Vaccination in Bombay 1924-1928 - 1924-1928
Year: 1924
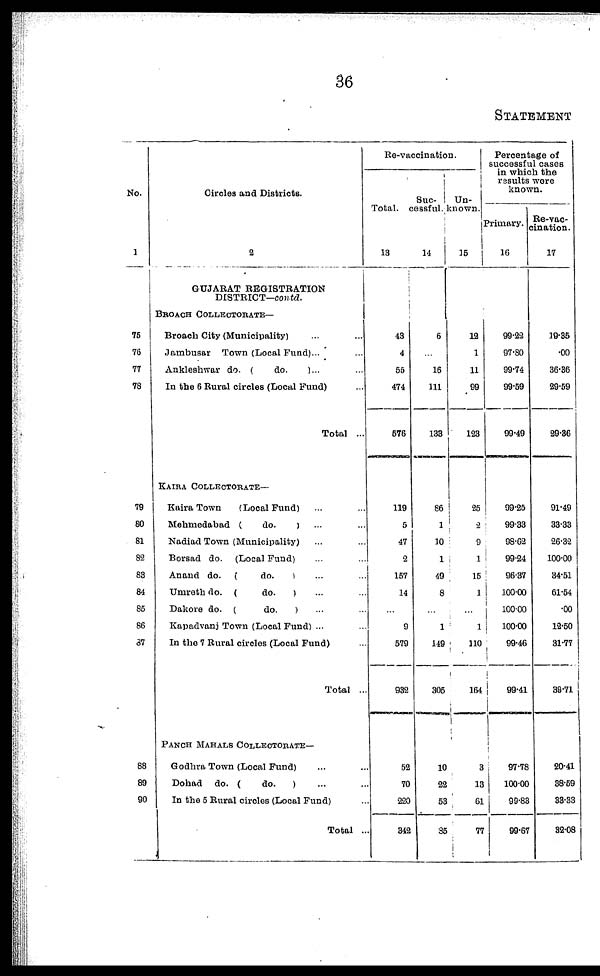
36
STATEMENT
No.
1
75
76
77
78
79
80
81
82
83
84
85
86
87
88
89
90
Circles and Districts.
2
GUJARAT REGISTRATION
DISTRICT-contd.
BROACH COLLECTORATE—
Broach City (Municipality) ... ...
Jambusar Town (Local Fund)... ...
Ankleshwar do. (
do.
)... ...
In the 6 Rural circles (Local Fund) ...
Total ...
KAIRA COLLECTORATE—
Kaira Town
(Local Fund) ... ...
Mehmedabad (
do.
) ... ...
Nadiad Town (Municipality) ... ...
Borsad do. (Local Fund) ... ...
Anand do. (
do.
) ... ...
Umreth do. (
do.
) ... ...
Dakore do. (
do.
) ... ...
Kapadvanj Town (Local Fund) ... ...
In the 7 Rural circles (Local Fund) ...
Total ...
PANCH MAHALS COLLECTORATE—
Godhra Town (Local Fund) ... ...
Dohad do. (
do.
) ... ...
In the 5 Rural circles (Local Fund) ...
Total ...
Re-vaccination.
Total.
13
43
4
55
474
576
119
5
47
2
157
14
...
9
579
932
52
70
220
342
Suc¬
cessful.
14
6
...
16
111
133
86
1
10
1
49
8
...
1
149
305
10
22
53
35
Un¬
known.
15
12
1
11
99
123
25
2
9
1
15
1
...
1
110
164
3
13
61
77
Percentage of
successful cases
in which the
results were
known.
Primary.
16
99.22
97.80
99.74
99.59
99.49
99.25
99.33
98.62
99.24
96.37
100.00
100.00
100.00
99.46
99.41
97.78
100.00
99.83
99.67
Re-vac¬
cination.
17
19.35
.00
36.36
29.59
29.36
91.49
33.33
26.32
100.00
34.51
61.54
.00
12.50
31.77
39.71
20.41
38.59
33.33
32.08